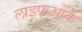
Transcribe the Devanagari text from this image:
लाइफओके